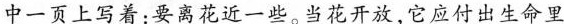
中一页上写着，要离花近一些。当花开放它应付出生命里